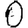
Digit: 0